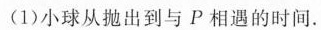
(1)小球从抛出到与P相遇的时间。